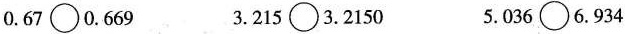
0.67\bigcirc0.669 3.215\bigcirc3.2150 5.036\bigcirc6.934